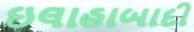
ઇલાહાબાદી